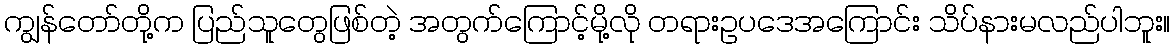
ကျွန်တော်တို့က ပြည်သူတွေဖြစ်တဲ့ အတွက်ကြောင့်မို့လို တရားဥပဒေအကြောင်း သိပ်နားမလည်ပါဘူး။